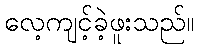
လေ့ကျင့်ခဲ့ဖူးသည်။